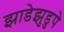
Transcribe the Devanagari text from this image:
झाडेझुडुपे